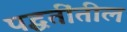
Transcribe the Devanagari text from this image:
पद्धतींतील